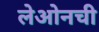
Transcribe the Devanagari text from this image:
लेओनची